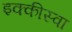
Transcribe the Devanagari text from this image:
इक्कीस्वा